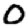
Digit: 0